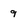
Character: 9